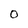
Character: 0